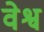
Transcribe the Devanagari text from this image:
वेश्व